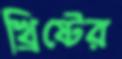
খ্রিষ্টের